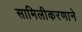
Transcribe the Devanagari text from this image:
सामिलीकरणाने